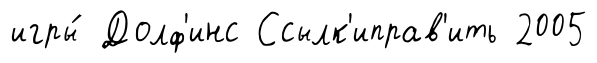
игры́ Долф'инс Ссылк'иправ'ить 2005